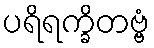
ပရိရက္ခိတဗ္ဗံ